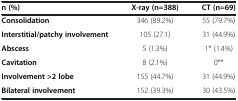
| n (%) | X-ray (n=388) | CT (n=69) |
 | --- | --- | --- |
 | Consolidation | 346 (89.2%) | 55 (79.7%) |
 | Interstitial/patchy involvement | 105 (27.1) | 31 (44.9%) |
 | Abscess | 5 (1.3%) | 1* (1.4%) |
 | Cavitation | 8 (2.1%) | 0** |
 | Involvement >2 lobe | 155 (44.7%) | 31 (44.9%) |
 | Bilateral involvement | 152 (39.3%) | 30 (43.5%) |